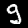
Digit: 9